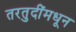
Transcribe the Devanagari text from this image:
तरतुदींमधून